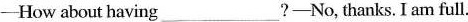
-How about having___?-No, thanks. I am full.